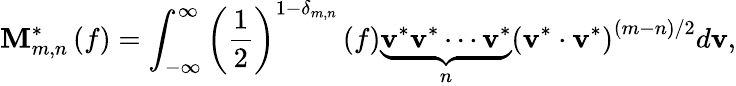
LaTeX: {\mathbf{M}}_{m,n}^{*}\left(f\right)=\int_{-\infty}^{\infty}{{{\left({\frac{1}{2}}\right)}^{1-{\delta_{m,n}}}}\left(f\right)\underbrace{{{\mathbf{v}}^{*}}{{\mathbf{v}}^{*}}\cdots{{\mathbf{v}}^{*}}}_{n}{{\left({{{\mathbf{v}}^{*}}\cdot{{\mathbf{v}}^{*}}}\right)}^{\left({m-n}\right)/2}}d{\mathbf{v}}},